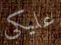
عليكي